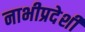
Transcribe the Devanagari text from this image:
नाभीप्रदेशी